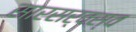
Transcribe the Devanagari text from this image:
सारसर्वस्व